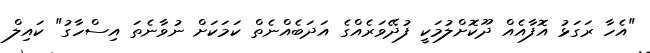
"އެހާ ރަގަޅު އޮފާއެއް ދޫކޮށްލުމަކީ ފުދޭވަރެއްގެ އަދަބެއްނެތް ކަމަކަށް ނުވާނެތަ އިސްހާގު" ކައިލް